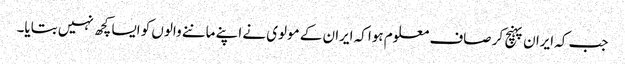
جب کہ ایران پہنچ کر صاف معلوم ہوا کہ ایران کے مولوی نے اپنے ماننے والوں کو ایسا کچھ نہیں بتایا۔